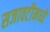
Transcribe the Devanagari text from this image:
सजावटीमध्ये